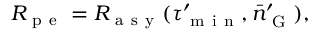
R _ { \mathrm { ~ p ~ e ~ } } = R _ { \mathrm { ~ a ~ s ~ y ~ } } ( \tau _ { \mathrm { ~ m ~ i ~ n ~ } } ^ { \prime } , \bar { n } _ { \mathrm { ~ G ~ } } ^ { \prime } ) ,